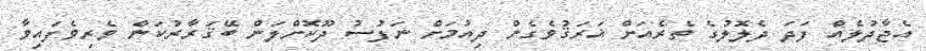
އެޖާދުލެއް ފަދަ ދެލޮލުގެ ތެރެއަށް ޣަރަޤުވެގެން ދިއުމަށް ނަފުސު ދޫކޮށްލަން ބޭޤަރާރުކަން ވެރިވެފައިވާ